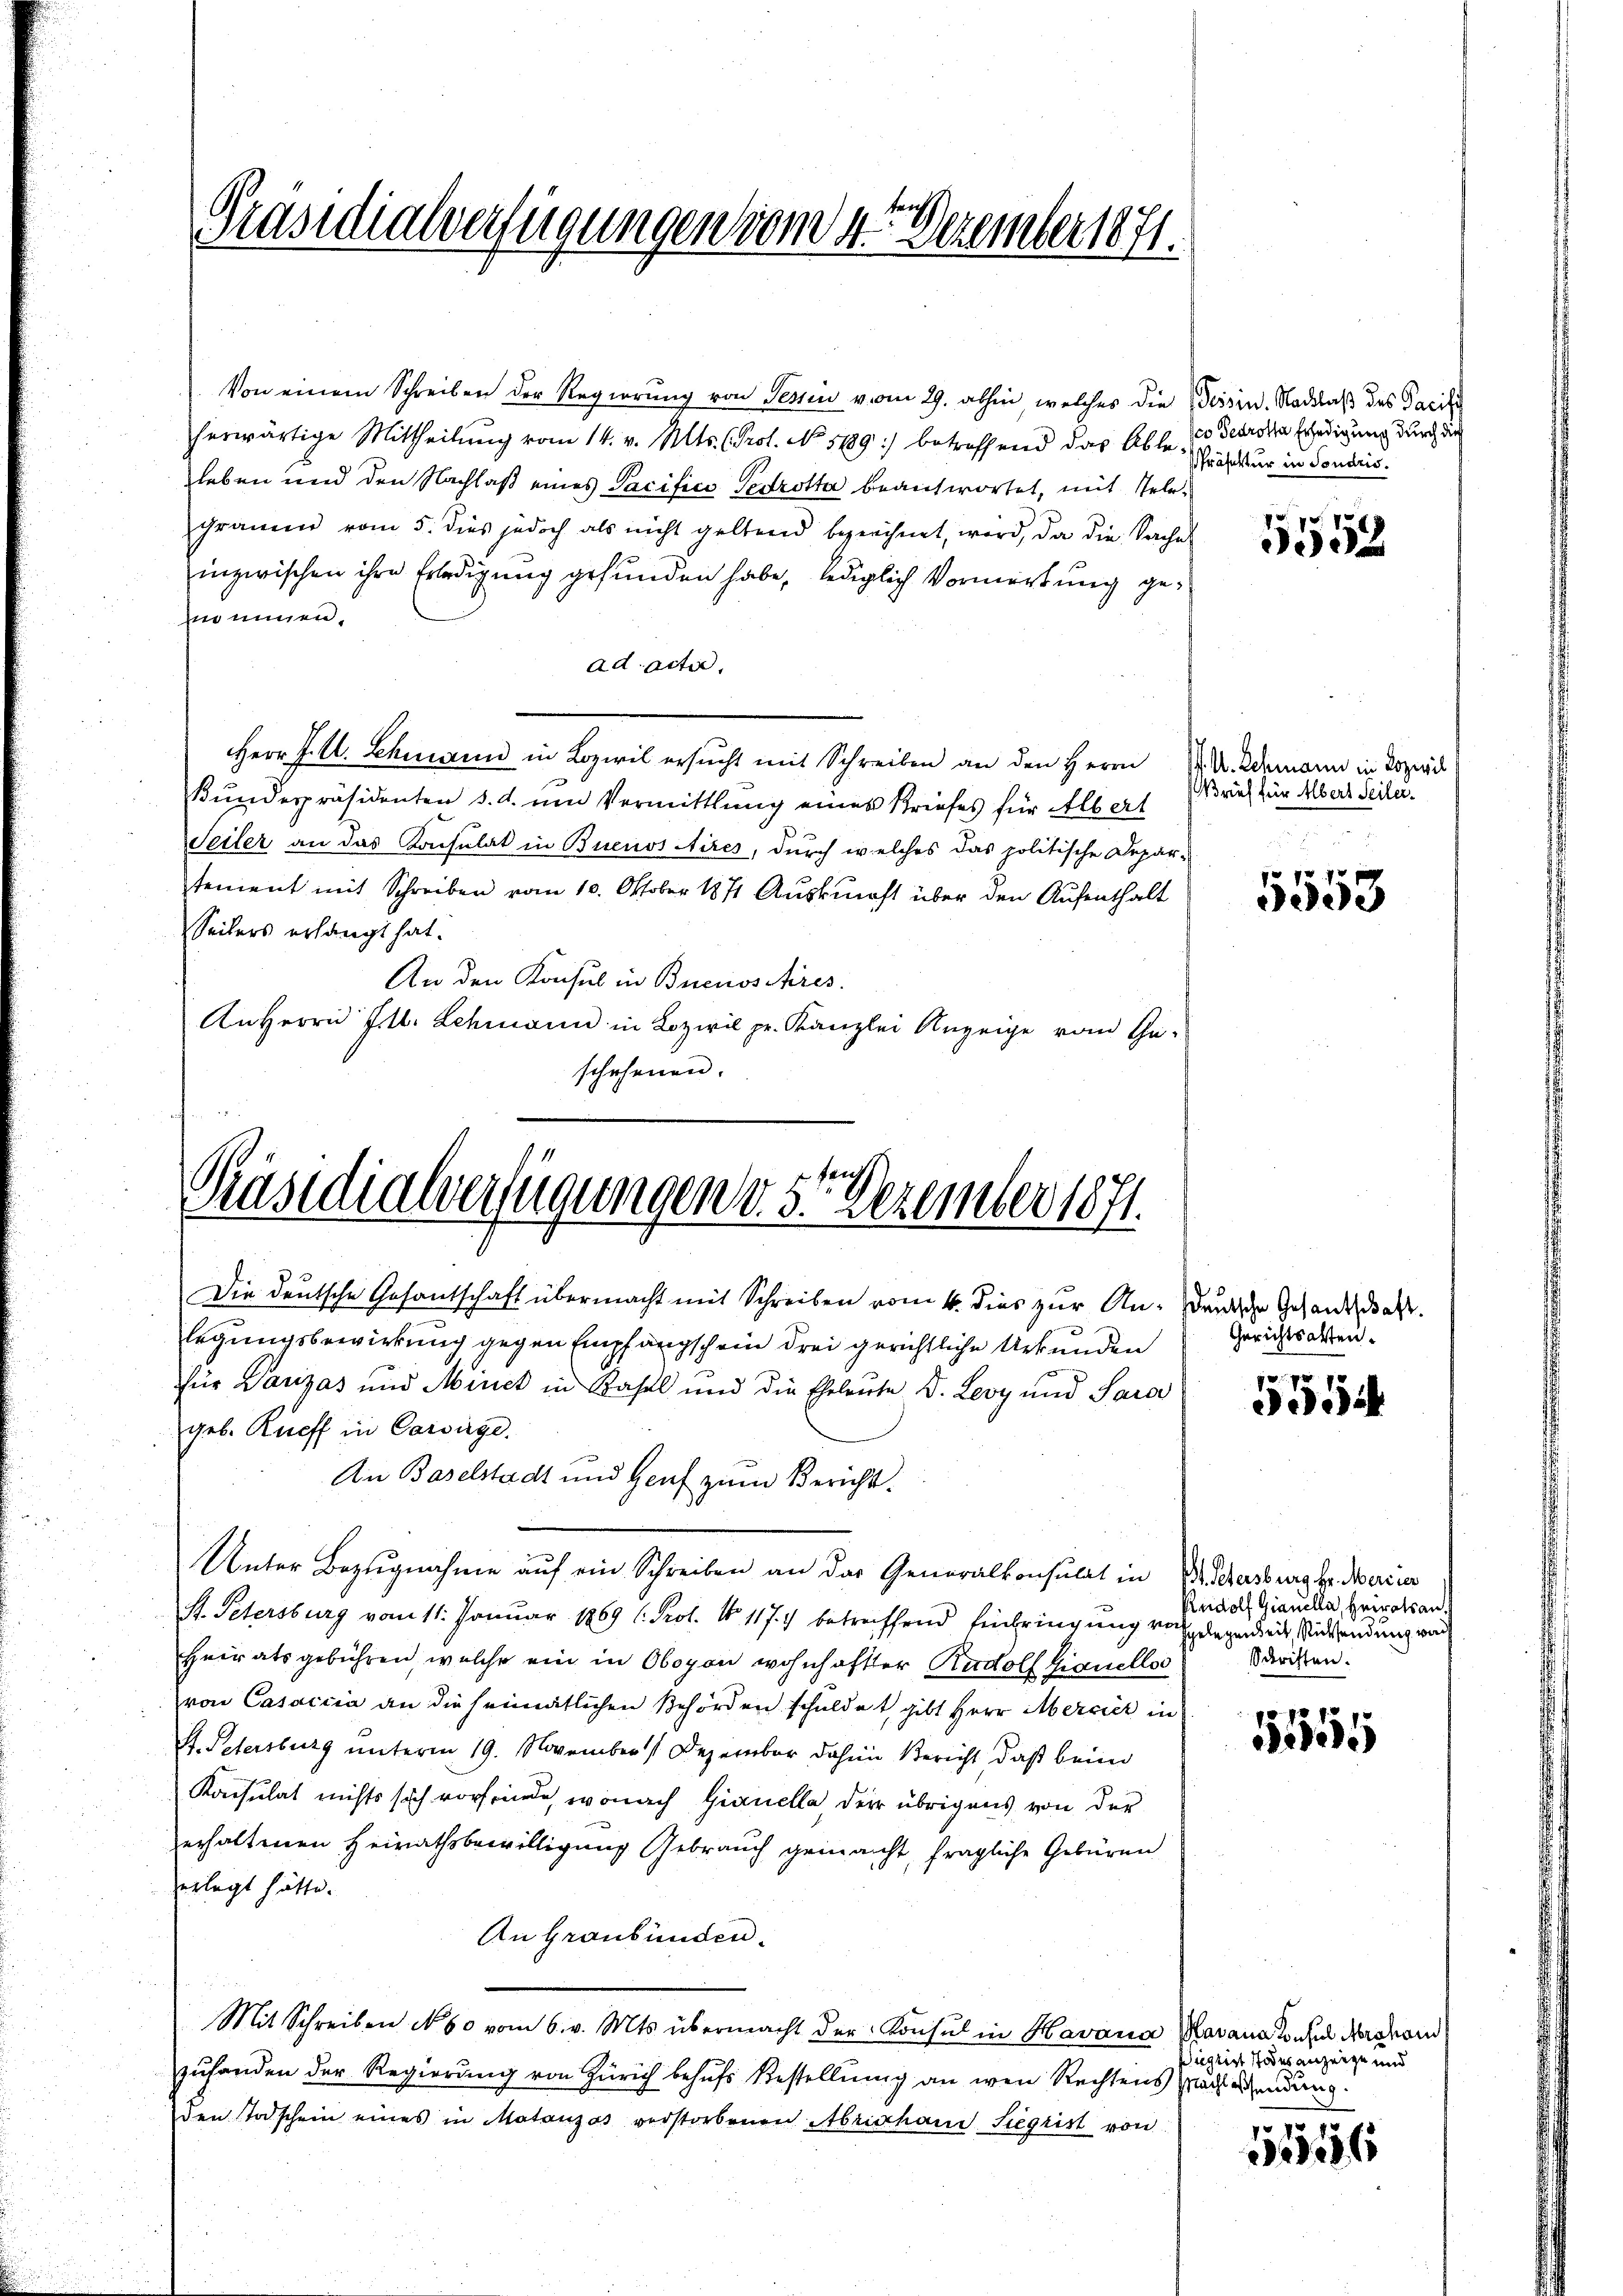
enh
Präsidialverfügungen vom 4. Dezember 1871.

Präsidialverfügungen v. 5. Dezember 1871.

geb. Rüeff in Corsiege.

Von einem Schreiben der Regierŭng von Tessin vom 29. abhin, welches die Tessin. Nachlaß des Pacile
herwärtige Mittheilung vom 14. v. Mts. (Prot. No. 5189) betreffend das Able 10 Febroche Erledigung durch die
leben und den Nachlaß eines Pacifico Perrotta beantwortet, mit Gelegramen vom 5. dies jedoch als nicht geltend bezeichnet, wird, da die Sache
inzwischen ihre Erledigung gefunden habe, lediglich Vormerkung gehne innen.
ad acta.
Herr Fill. Schmann in Lozwil ersŭcht mit Schreiben an den Herrn D. W. Wemann in Bozid
Bundespräsidenten d. d. um Vermittlung eines Briefes für Albert
Seiler an das Konsulat in Buenos Aires, durch welches das politische Depar-
tement mit Schreiben vom 10. Oktober 1871 Auskunft über den Aufenthalt
Seilers erhängt hat.
An den Konsul in Buenositires.
An Herrn Ill. Lehmann in Lozwil pr. Kanzlei Anzeige vom Ge-
schehenen.

Für Darinas und Minick in Basel und die Eheleute Dr. Leoy und Sara
An Baselstadt und Genf zum Bericht.

Die deutsche Gesantschaft übermacht mit Schreiben vom 4. dies zur An-Drucker Gesandt das
legungsbewirkung gegen Empfangschein drei gerichtliche Urkunden
Unter Bezugnahme auf ein Schreiben an das Generalkonsulat in
M. Petersburg vom 11. Januar 1869 l. Prot. No 1179 betreffend Einbringung vollegenden Aussendung war
Heiratsgebühren, welche ein in Obogen wohnhafter Rudolf Gianellos
von Casaccia an die heimatlichen Behörden schuldet, gibt Herr Mercier in
H. Petersburg unterm 19. November 1 Dezember dahin Bericht, daß beim
Konsulat nichts sich vorfinde, wonach Gianelle, der übrigens von der
erhaltenen Heirathsbewilligung Gebrauch gemacht, fragliche Gebüren
erlegt hätte.
An Graubünden.
Mit Schreiben No 60 vom 6. v. Mts. übermacht der Konsul in Havana Havanau und da deren
zuhanden der Regierung von Zürich behufs Bestellung an wen Rechtens nach wendung.
den Todschein eines in Matanzes verstorbenen Abrishand Sigrist von

Präfektur in Sondris.

e
3958

Brief für Albert Seiler.

5558

Gerichtsarten.

5554

B. Petersburg hr. Mercier
Rudolf Gianella, Heiratsan¬
Schriften.

51555

Sigrist Todes anzeige und

151556